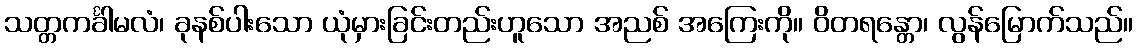
သတ္တကင်္ခါမလံ၊ ခုနစ်ပါးသော ယုံမှားခြင်းတည်းဟူသော အညစ် အကြေးကို။ ဝိတရန္တော၊ လွန်မြောက်သည်။